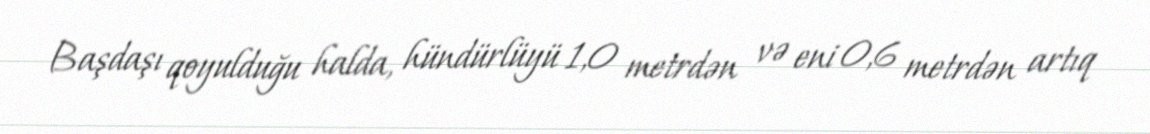
Başdaşı qoyulduğu halda, hündürlüyü 1,0 metrdən və eni 0,6 metrdən artıq